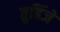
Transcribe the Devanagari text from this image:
तुहिंजे